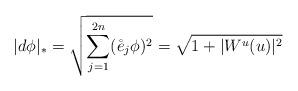
LaTeX: \begin{align*}|d\phi |_{\ast }=\sqrt{\sum_{j=1}^{2n}(\mathring{e}_{j}\phi )^{2}}=\sqrt{1+|W^{u}(u)|^{2}} \end{align*}